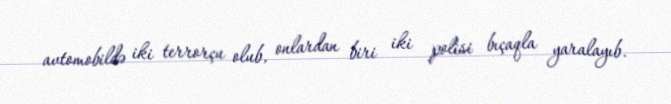
avtomobildə iki terrorçu olub, onlardan biri iki polisi bıçaqla yaralayıb.